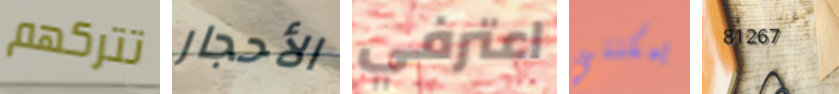
تتركهم الأحجار اعترفي يمكنني 81267